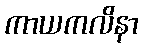
ကာယကလိနာ